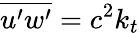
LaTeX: \overline{{u^{\prime}w^{\prime}}}=c^{2}k_{t}